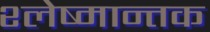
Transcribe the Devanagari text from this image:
श्‍लेष्मान्तक